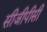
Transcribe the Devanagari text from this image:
सीजीपीसी